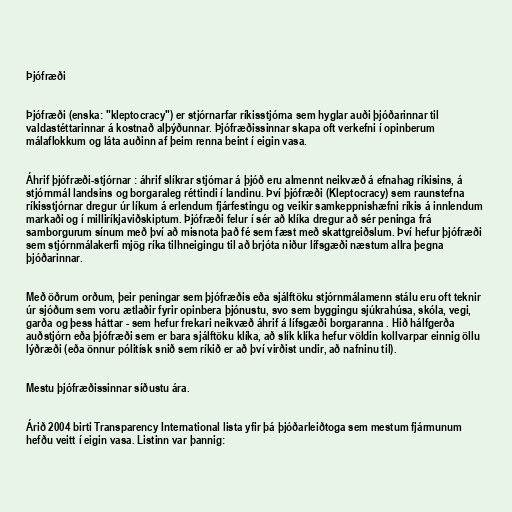
Þjófræði

Þjófræði (enska: "kleptocracy") er stjórnarfar ríkisstjórna sem hyglar auði þjóðarinnar til
valdastéttarinnar á kostnað alþýðunnar. Þjófræðissinnar skapa oft verkefni í opinberum
málaflokkum og láta auðinn af þeim renna beint í eigin vasa.

Áhrif þjófræði-stjórnar : áhrif slíkrar stjórnar á þjóð eru almennt neikvæð á efnahag ríkisins, á
stjórnmál landsins og borgaraleg réttindi í landinu. Því þjófræði (Kleptocracy) sem raunstefna
ríkisstjórnar dregur úr líkum á erlendum fjárfestingu og veikir samkeppnishæfni ríkis á innlendum
markaði og í milliríkjaviðskiptum. Þjófræði felur í sér að klíka dregur að sér peninga frá
samborgurum sínum með því að misnota það fé sem fæst með skattgreiðslum. Því hefur þjófræði
sem stjórnmálakerfi mjög ríka tilhneigingu til að brjóta niður lífsgæði næstum allra þegna
þjóðarinnar.

Með öðrum orðum, þeir peningar sem þjófræðis eða sjálftöku stjórnmálamenn stálu eru oft teknir
úr sjóðum sem voru ætlaðir fyrir opinbera þjónustu, svo sem byggingu sjúkrahúsa, skóla, vegi,
garða og þess háttar - sem hefur frekari neikvæð áhrif á lífsgæði borgaranna . Hið hálfgerða
auðstjórn eða þjófræði sem er bara sjálftöku klíka, að slík klíka hefur völdin kollvarpar einnig öllu
lýðræði (eða önnur pólitísk snið sem ríkið er að því virðist undir, að nafninu til).

Mestu þjófræðissinnar síðustu ára.

Árið 2004 birti Transparency International lista yfir þá þjóðarleiðtoga sem mestum fjármunum
hefðu veitt í eigin vasa. Listinn var þannig: